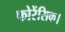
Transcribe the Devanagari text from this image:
फोरेंसिक।